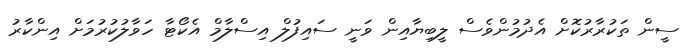
ސީން ތަކުރާރުކޮށް އެދުމުންވެސް ލީބިޔާއިން ވަނީ ސައިފުލް އިސްލާމް އެކޯޓާ ހަވާލުކުރުމަށް އިންކާރު